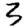
Digit: 3